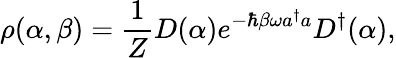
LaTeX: \rho(\alpha,\beta)={\frac{1}{Z}}D(\alpha)e^{-\hbar\beta\omega a^{\dagger}a}D^{\dagger}(\alpha),